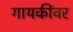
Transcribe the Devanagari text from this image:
गायकींवर